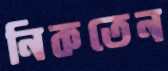
নিকতেন